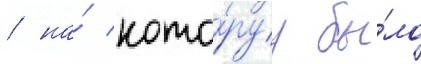
/ на́ кото́руу бы́ло